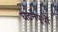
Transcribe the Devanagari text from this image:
घटनेपूर्वी